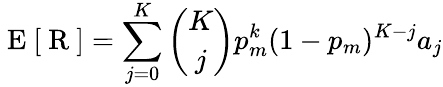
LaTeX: \mathrm{~E~}[\mathrm{~R~}]=\sum_{j=0}^{K}{\binom{K}{j}}p_{m}^{k}(1-p_{m})^{K-j}a_{j}